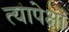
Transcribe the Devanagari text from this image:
त्यापेक्षां